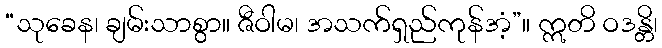
“သုခေန၊ ချမ်းသာစွာ။ ဇီဝါမ၊ အသက်ရှည်ကုန်အံ့”။ ဣတိ ဝဒန္တိ၊